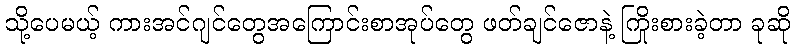
သို့ပေမယ့် ကားအင်ဂျင်တွေအကြောင်းစာအုပ်တွေ ဖတ်ချင်ဇောနဲ့ ကြိုးစားခဲ့တာ ခုဆို